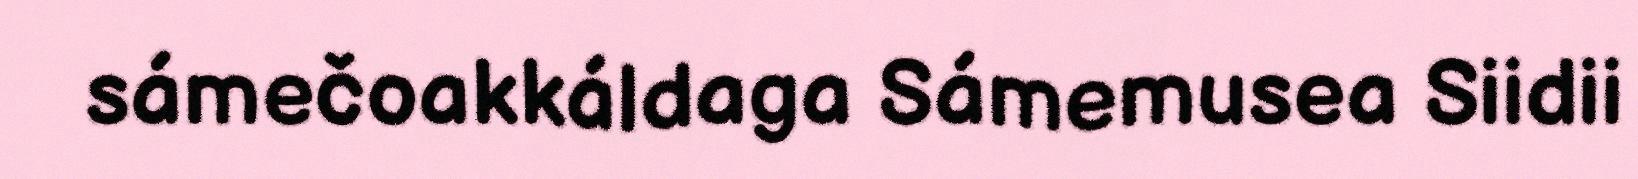
sámečoakkáldaga Sámemusea Siidii